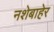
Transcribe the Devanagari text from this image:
नशेबाहेर